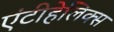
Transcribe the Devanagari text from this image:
एंटीहेलिक्स